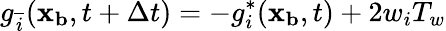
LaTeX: g_{\overline{{i}}}(\mathbf{x_{b}},t+\Delta t)=-g_{i}^{*}(\mathbf{x_{b}},t)+2w_{i}T_{w}